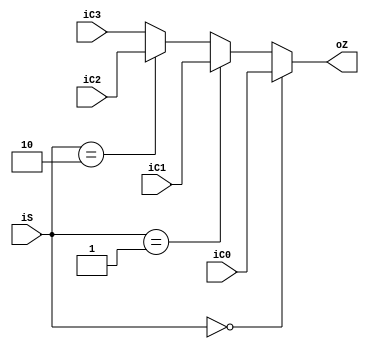
module selector41(
input [31:0] iC0,
input [31:0] iC1,
input [31:0] iC2,
input [31:0] iC3,
input [1:0]iS,
output reg [31:0] oZ
    );
    always @(*)
    begin
    
    if(iS==0)
    oZ=iC0;
    else if(iS==1)
    oZ=iC1;
    else if(iS==2)
    oZ=iC2;
    else
    oZ=iC3;
    
    end

endmodule

module selector41_5(
input [4:0] iC0,
input [4:0] iC1,
input [4:0] iC2,
input [4:0] iC3,
input [1:0]iS,
output reg [4:0] oZ
    );
    always @(*)
    begin
    
    if(iS==0)
    oZ=iC0;
    else if(iS==1)
    oZ=iC1;
    else if(iS==2)
    oZ=iC2;
    else
    oZ=iC3;
    
    end

endmodule

module selector21(
input [31:0] iC0,
input [31:0] iC1,
input iS,
output reg [31:0] oZ
    );
    always @(*)
    begin
    
    if(iS==0)
    oZ=iC0;
    else
    oZ=iC1;
    
    end

endmodule